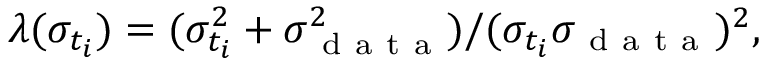
\lambda ( \sigma _ { t _ { i } } ) = ( \sigma _ { t _ { i } } ^ { 2 } + \sigma _ { \mathrm { ~ d ~ a ~ t ~ a ~ } } ^ { 2 } ) / ( \sigma _ { t _ { i } } \sigma _ { \mathrm { ~ d ~ a ~ t ~ a ~ } } ) ^ { 2 } ,